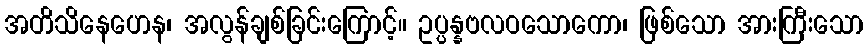
အတိသိနေဟေန၊ အလွန်ချစ်ခြင်းကြောင့်။ ဥပ္ပန္နဗလဝသောကော၊ ဖြစ်သော အားကြီးသော